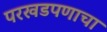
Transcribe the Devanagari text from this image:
परखडपणाचा